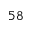
^ Ḋ 5 8 Ḍ